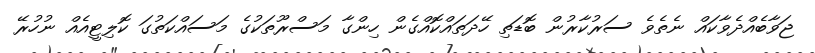
ޖަވާބެއްދެވާކައް ނެތެވެ ސަރުކާރުން ބޮޑަތި ހޭދަތައްކޮއްގެން ހިންގާ މަސްރޫތަކުގެ މަސައްކަތުގަ ކޮލިޓީއެއް ނުހުރޭ